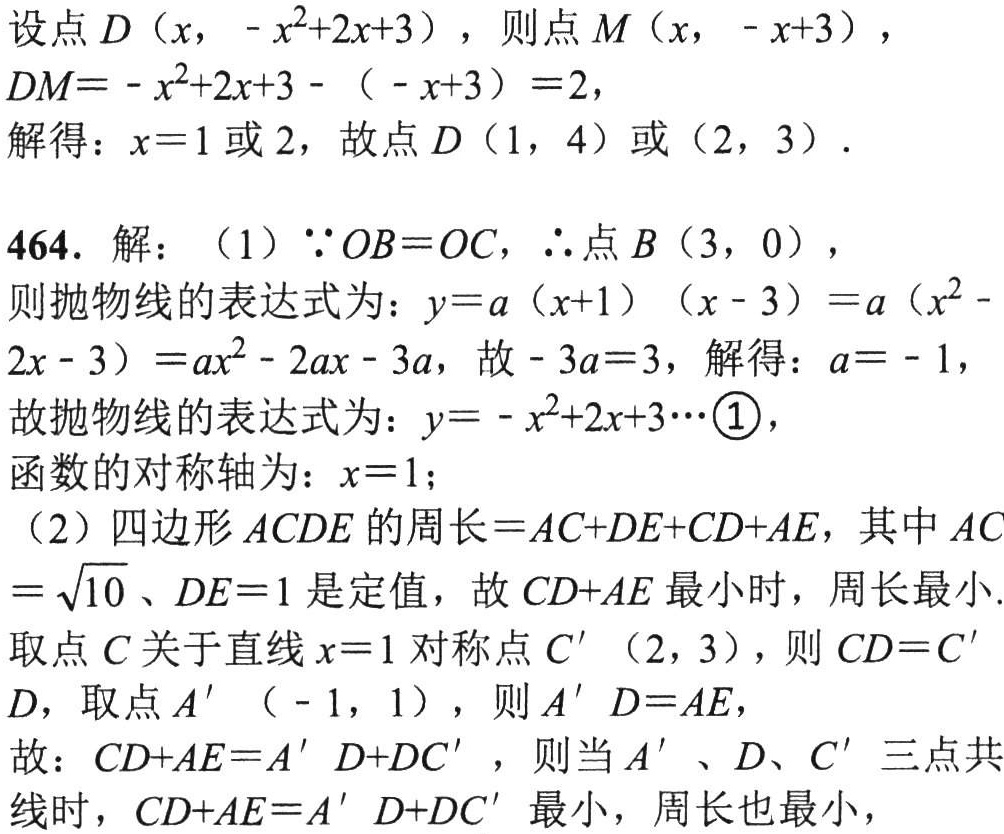
设点\(D(x, -x^{2}+2x + 3)\)，则点\(M(x, -x + 3)\)，
\(DM=-x^{2}+2x + 3-(-x + 3)=2\)，
解得：\(x = 1\)或\(2\)，故点\(D(1, 4)\)或\((2, 3)\)。
464. 解：（1）\(\because OB = OC\)，\(\therefore\)点\(B(3, 0)\)，
则抛物线的表达式为：\(y = a(x + 1)(x - 3)=a(x^{2}-2x - 3)=ax^{2}-2ax - 3a\)，故\(-3a = 3\)，解得：\(a = -1\)，
故抛物线的表达式为：\(y=-x^{2}+2x + 3\cdots\)\textcircled{1}，
函数的对称轴为：\(x = 1\)；
（2）四边形\(ACDE\)的周长\(=AC + DE+CD + AE\)，其中\(AC=\sqrt{10}\)、\(DE = 1\)是定值，故\(CD + AE\)最小时，周长最小.
取点\(C\)关于直线\(x = 1\)对称点\(C'(2, 3)\)，则\(CD = C'D\)，取点\(A'(-1, 1)\)，则\(A'D = AE\)，
故：\(CD + AE=A'D + DC'\)，则当\(A'\)、\(D\)、\(C'\)三点共
线时，\(CD + AE=A'D + DC'\)最小，周长也最小，